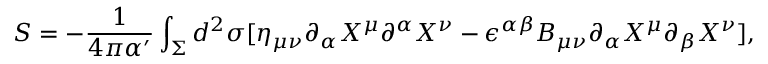
S = - \frac { 1 } { 4 \pi \alpha ^ { \prime } } \int _ { \Sigma } d ^ { 2 } \sigma [ \eta _ { \mu \nu } \partial _ { \alpha } X ^ { \mu } \partial ^ { \alpha } X ^ { \nu } - \epsilon ^ { \alpha \beta } B _ { \mu \nu } \partial _ { \alpha } X ^ { \mu } \partial _ { \beta } X ^ { \nu } ] ,